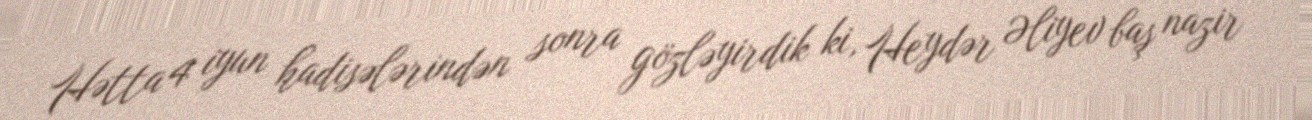
Hətta 4 iyun hadisələrindən sonra gözləyirdik ki, Heydər Əliyev baş nazir